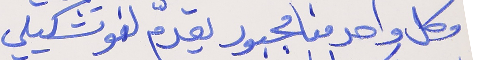
وكل واحد منا مجبور يقدّم لنو تشكيلي